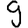
Digit: 9